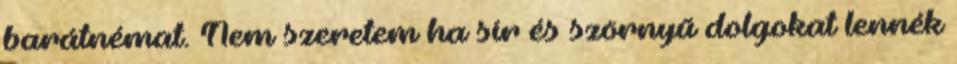
barátnémat. Nem szeretem ha sír és szörnyű dolgokat lennék